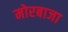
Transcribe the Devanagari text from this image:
मोरबाजा